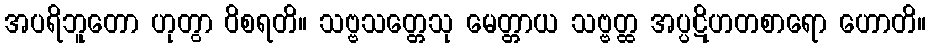
အပရိဘူတော ဟုတွာ ဝိစရတိ။ သဗ္ဗသတ္တေသု မေတ္တာယ သဗ္ဗတ္ထ အပ္ပဋိဟတစာရော ဟောတိ။